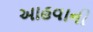
આહવાની